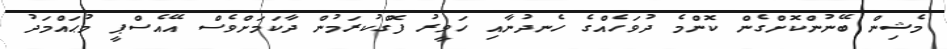
މެޝިން ބޭނުންކޮށްގެން ކޮންމެ ދުވަހެއްގެ ހެނދުނާއި ހަވީރު ފޮގްކުރަމުން ދާކަމަށްވެސް އޭއެސްޕީ މުޙައްމަދު